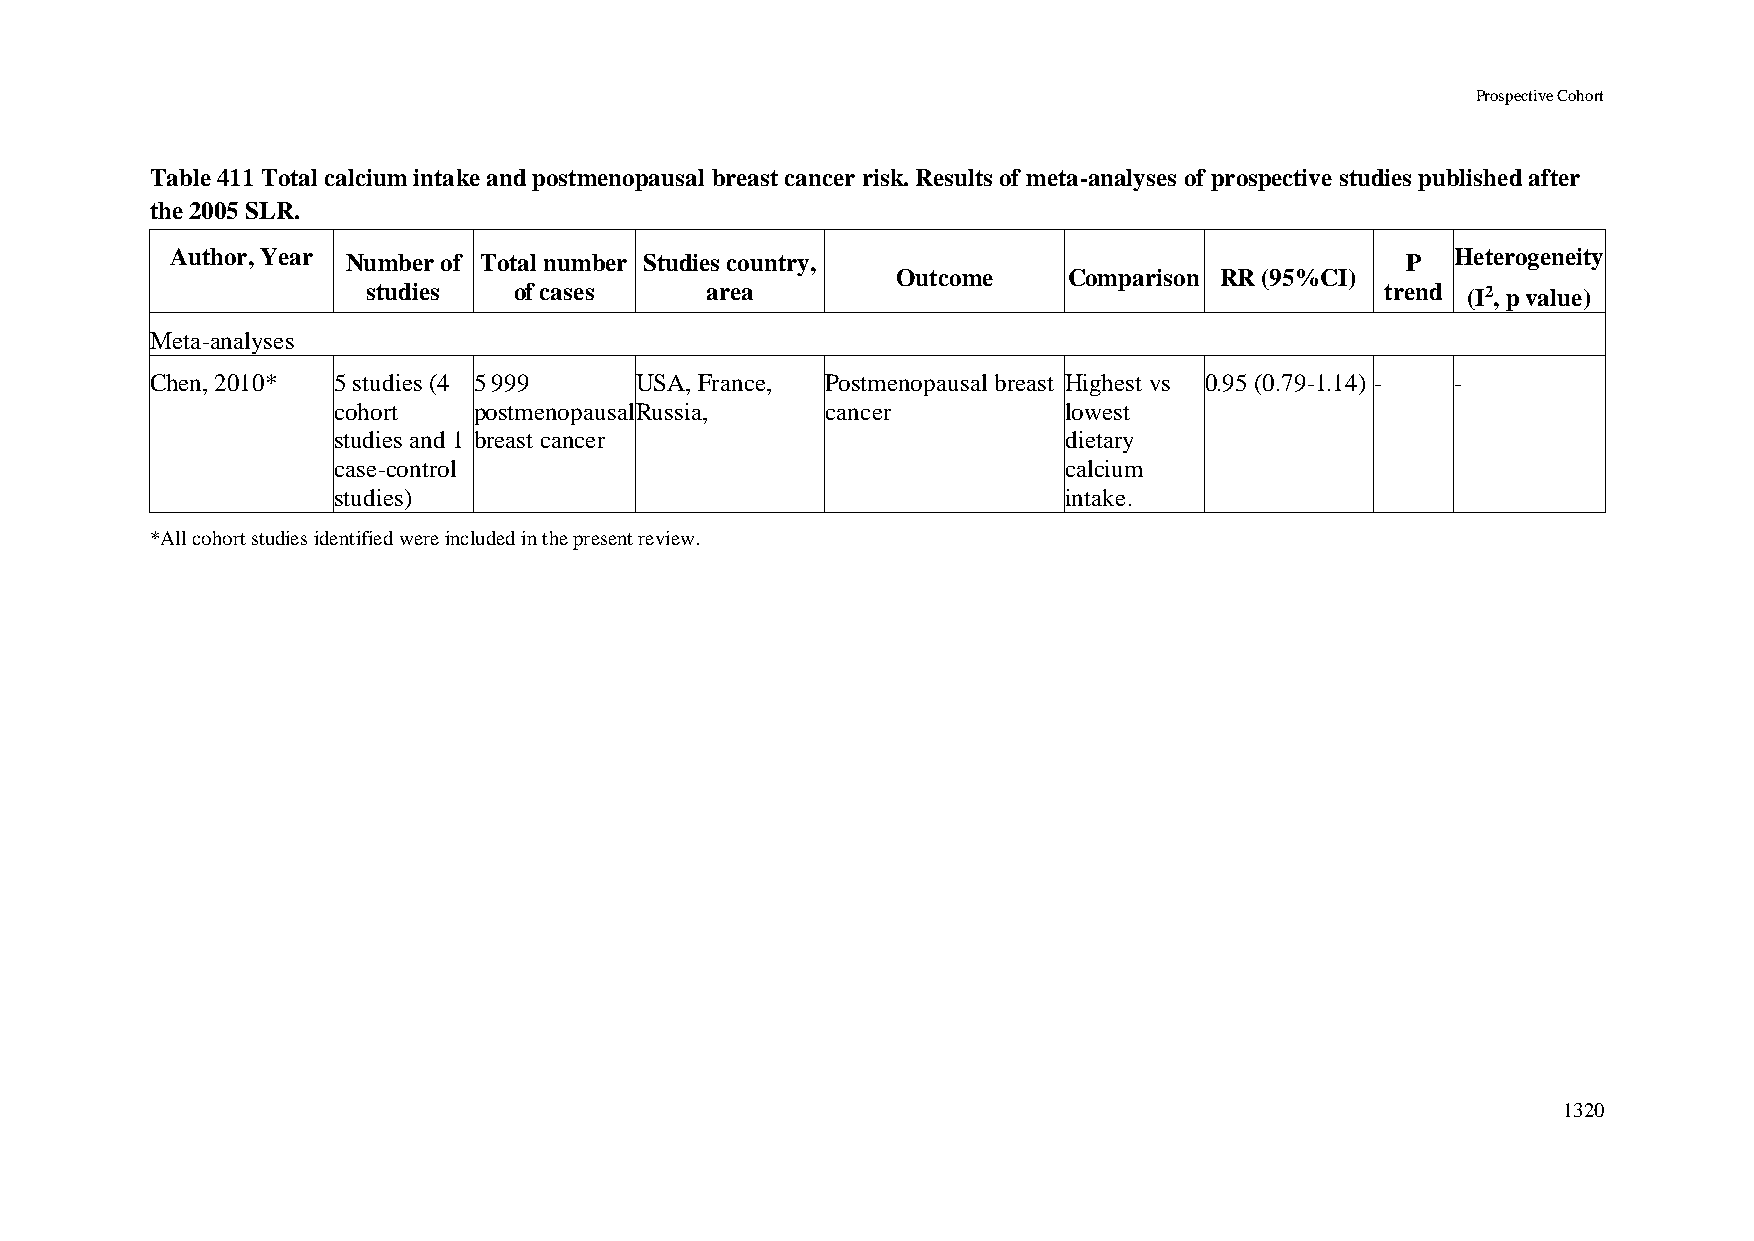
Prospective Cohort
 Table 411 Total calcium intake and postmenopausal breast cancer risk. Results of meta-analyses of prospective studies published after
 the 2005 SLR.
 Author, Year Number of Total number Studies country,                              P  Heterogeneity
 Outcome     Comparison RR (95%CI)
 studies   of cases     area                                         trend (I2, p value)
 Meta-analyses
 Chen, 2010* 5 studies (4 5 999  USA, France, Postmenopausal breast Highest vs 0.95 (0.79-1.14) - -
 cohort   postmenopausal Russia,  cancer          lowest
 studies and 1 breast cancer                      dietary
 case-control                                     calcium
 studies)                                         intake.
 *All cohort studies identified were included in the present review.
 1320